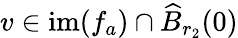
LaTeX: v\in\mathrm{im}(f_{a})\cap\widehat{B}_{r_{2}}(0)